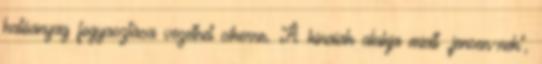
hatóanyag fogyasztása vezethet sikerre. A kínaiak alakja miatt „jensen-nek”,